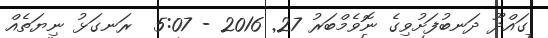
ގައްދޫ ދަނބުފަށުވިގެ ނޮވެމްބަރު 27